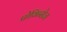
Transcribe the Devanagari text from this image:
प्रोविन्सेज